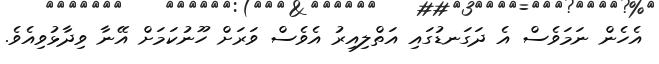
އެހެން ނަމަވެސް އެ ދަގަނޑުގައި އަތްލިއިރު އެވެސް ވަރަށް ހޫނުކަމަށް އޭނާ ވިދާޅުވިއެވެ.